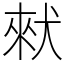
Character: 猌